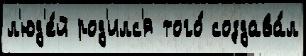
л'юд'е́й род'илс'я того́ создава́л